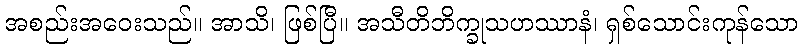
အစည်းအဝေးသည်။ အာသိ၊ ဖြစ်ပြီ။ အသီတိဘိက္ခုသဟဿာနံ၊ ရှစ်သောင်းကုန်သော